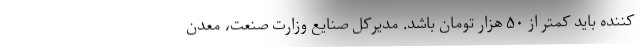
کننده باید کمتر از ۵۰ هزار تومان باشد. مدیرکل صنایع وزارت صنعت، معدن